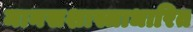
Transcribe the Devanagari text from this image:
मानसशास्त्राधारित